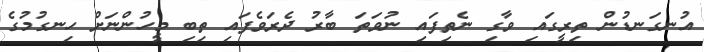
އުނގަނޑުން ތިރީގައި ވާގި ނެތިފައި ނުވަތަ ބާރު ދެރަވެފައި ތިބި މީހުންނަށް ހިނގުމުުގެ